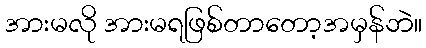
အားမလို အားမရဖြစ်တာတော့အမှန်ဘဲ။